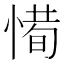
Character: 𢞧